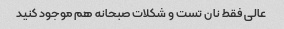
عالی فقط نان تست و شکلات صبحانه هم موجود کنید